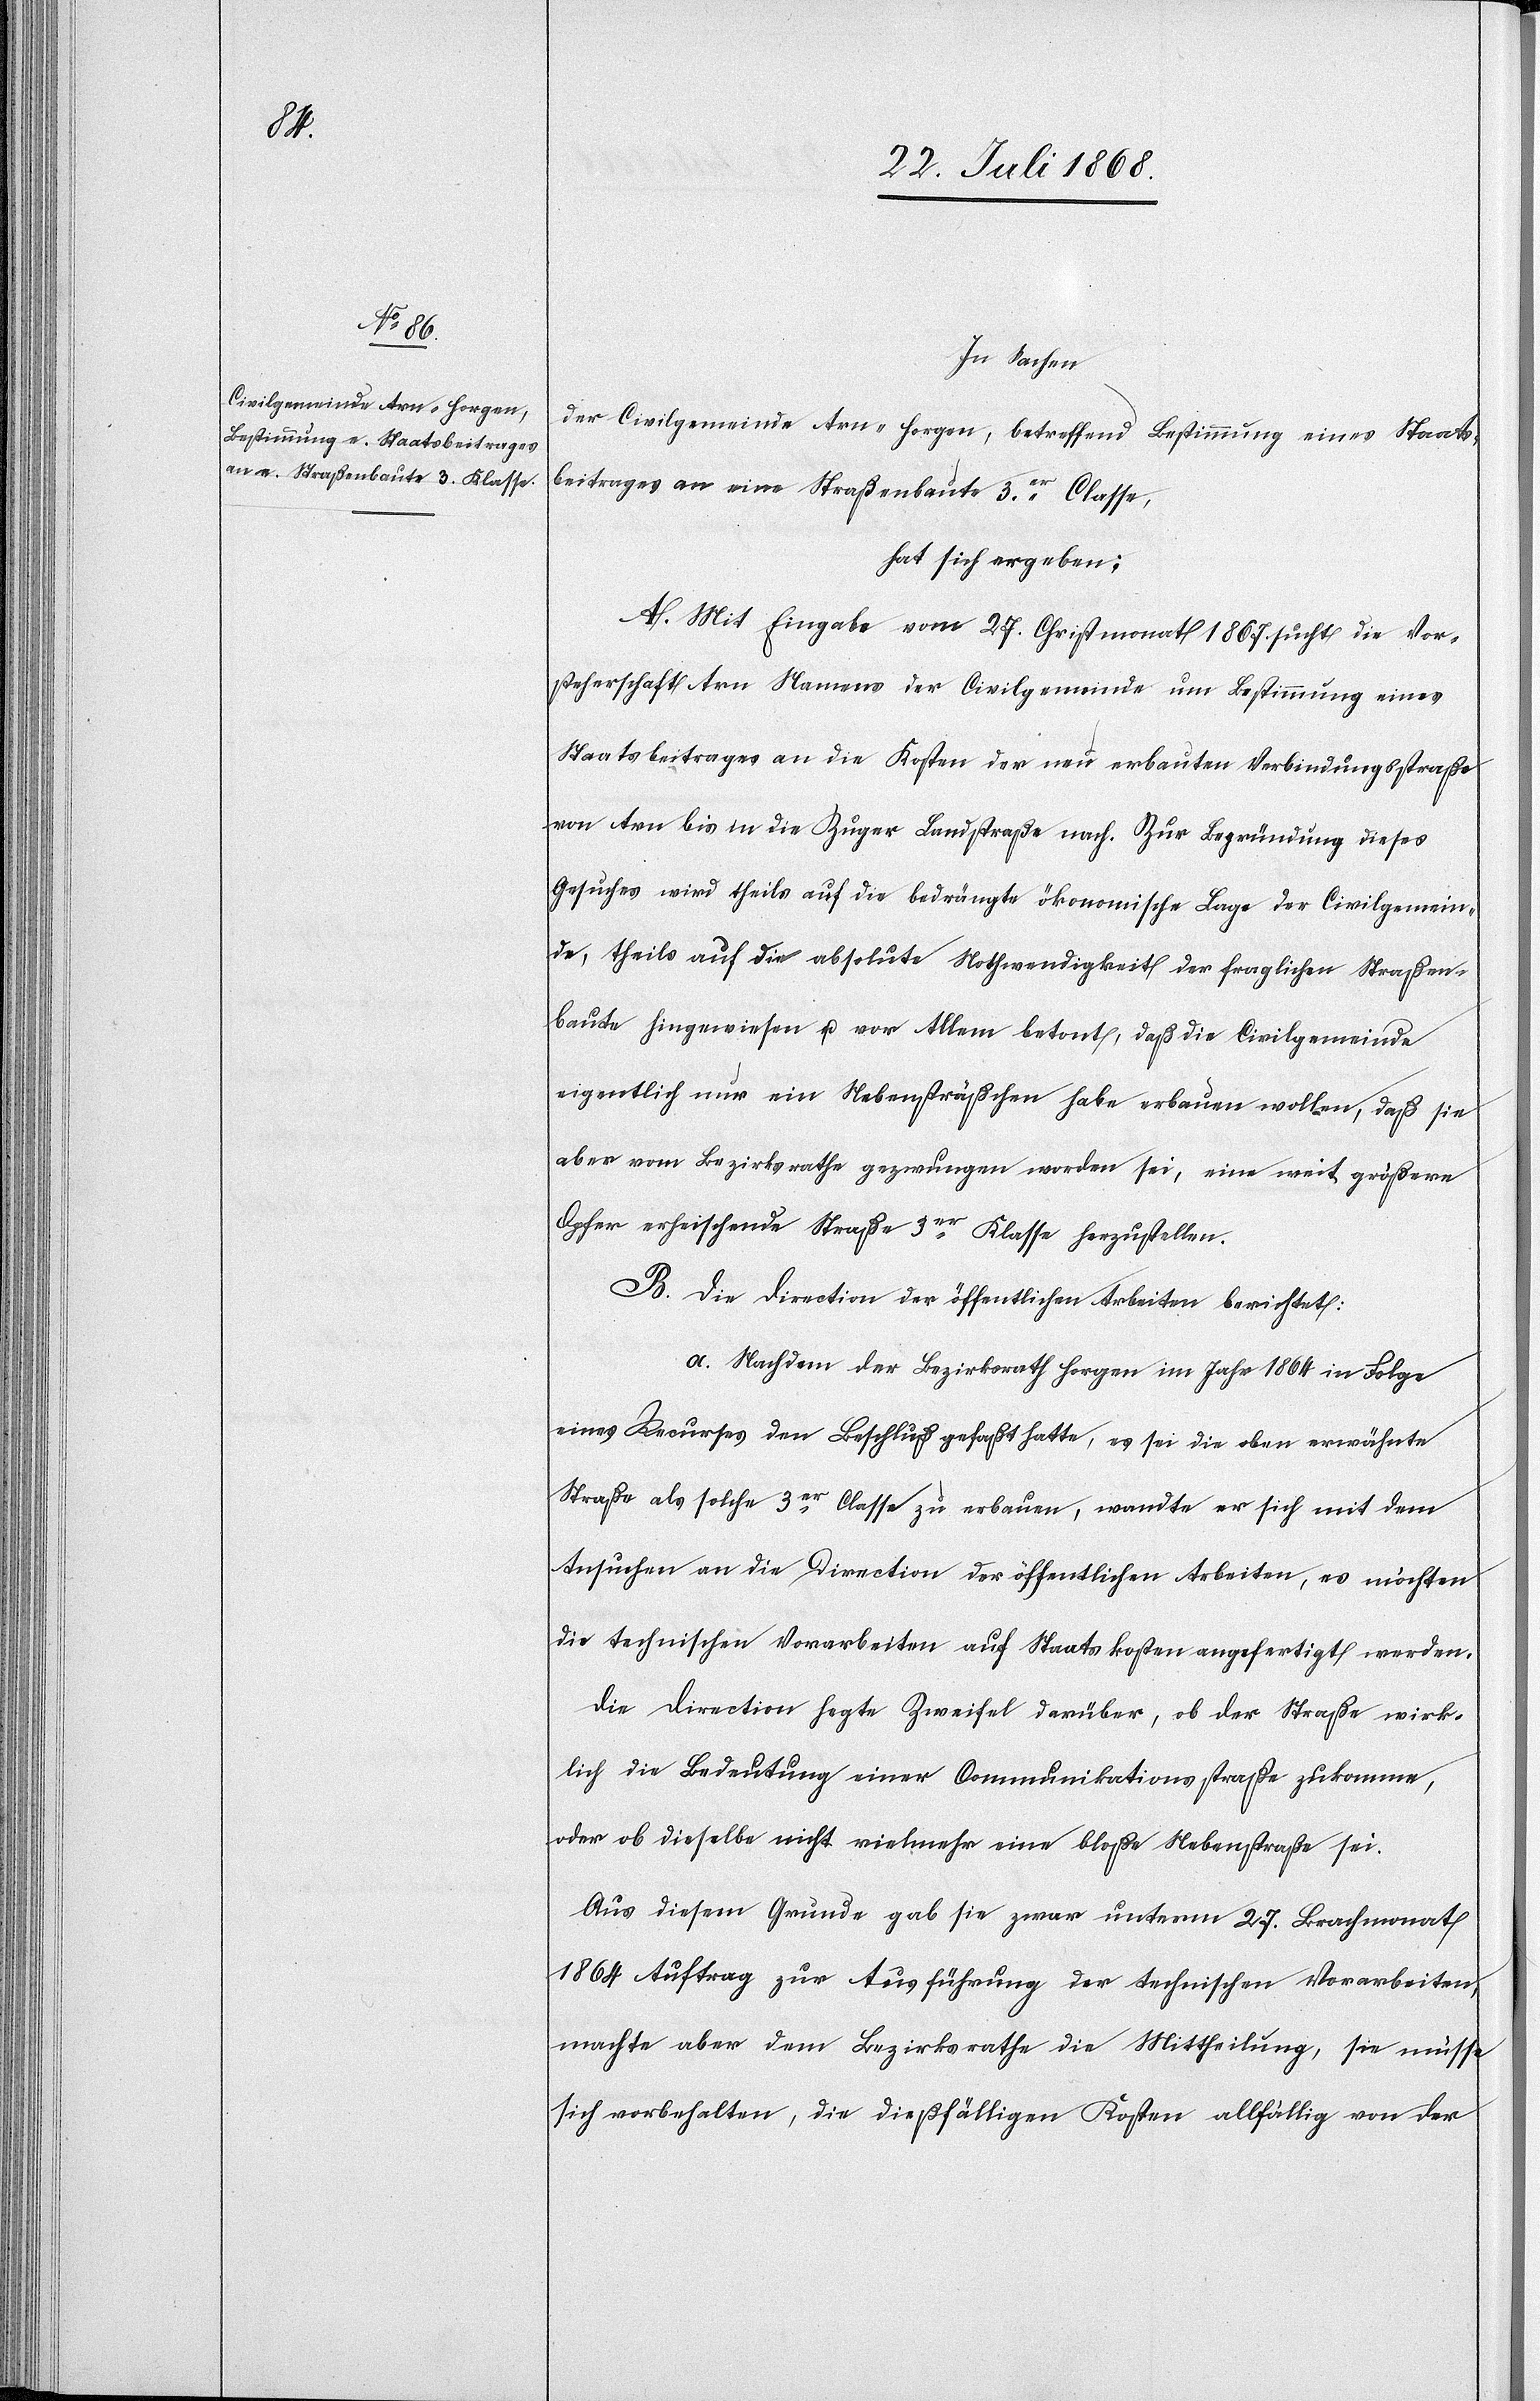
In Sachen
der Civilgemeinde Arn - Horgen, betreffend Bestimmung eines Staats¬
beitrages an eine Straßenbaute 3er. Classe,
hat sich ergeben:
A. Mit Eingabe vom 27. Christmonat 1867 sucht die Vor¬
steherschaft Arn Namens der Civilgemeinde um Bestimmung eines
Staatsbeitrages an die Kosten der neu erbauten Verbindungsstraße
von Arn bis in die Zuger Landstraße nach. Zur Begründung dieses
Gesuches wird theils auf die bedrängte ökonomische Lage der Civilgemein¬
de, theils auf die absolute Nothwendigkeit der fraglichen Straßen¬
baute hingewiesen u. vor Allem betont, daß die Civilgemeinde
eigentlich nur ein Nebensträßchen habe erbauen wollen, daß sie
aber vom Bezirksrathe gezwungen worden sei, eine weit größere
Opfer erheischende Straße 3er Klasse herzustellen.
B. Die Direction der öffentlichen Arbeiten berichtet:
a. Nachdem der Bezirksrath Horgen im Jahr 1864 in Folge
eines Recurses den Beschluß gefaßt hatte, es sei die oben erwähnte
Straße als solche 3er Classe zu erbauen, wandte er sich mit dem
Ansuchen an die Direction der öffentlichen Arbeiten, es möchten
die technischen Vorarbeiten auf Staatskosten angefertigt werden.
Die Direction hegte Zweifel darüber, ob der Straße wirk¬
lich die Bedeutung einer Communikationsstraße zukomme,
oder ob dieselbe nicht vielmehr eine bloße Nebenstraße sei.
Aus diesem Grunde gab sie zwar unterm 27. Brachmonat
1864 Auftrag zur Ausführung der technischen Vorarbeiten,
machte aber dem Bezirksrathe die Mittheilung, sie müsse
sich vorbehalten, die dießfälligen Kosten allfällig von der